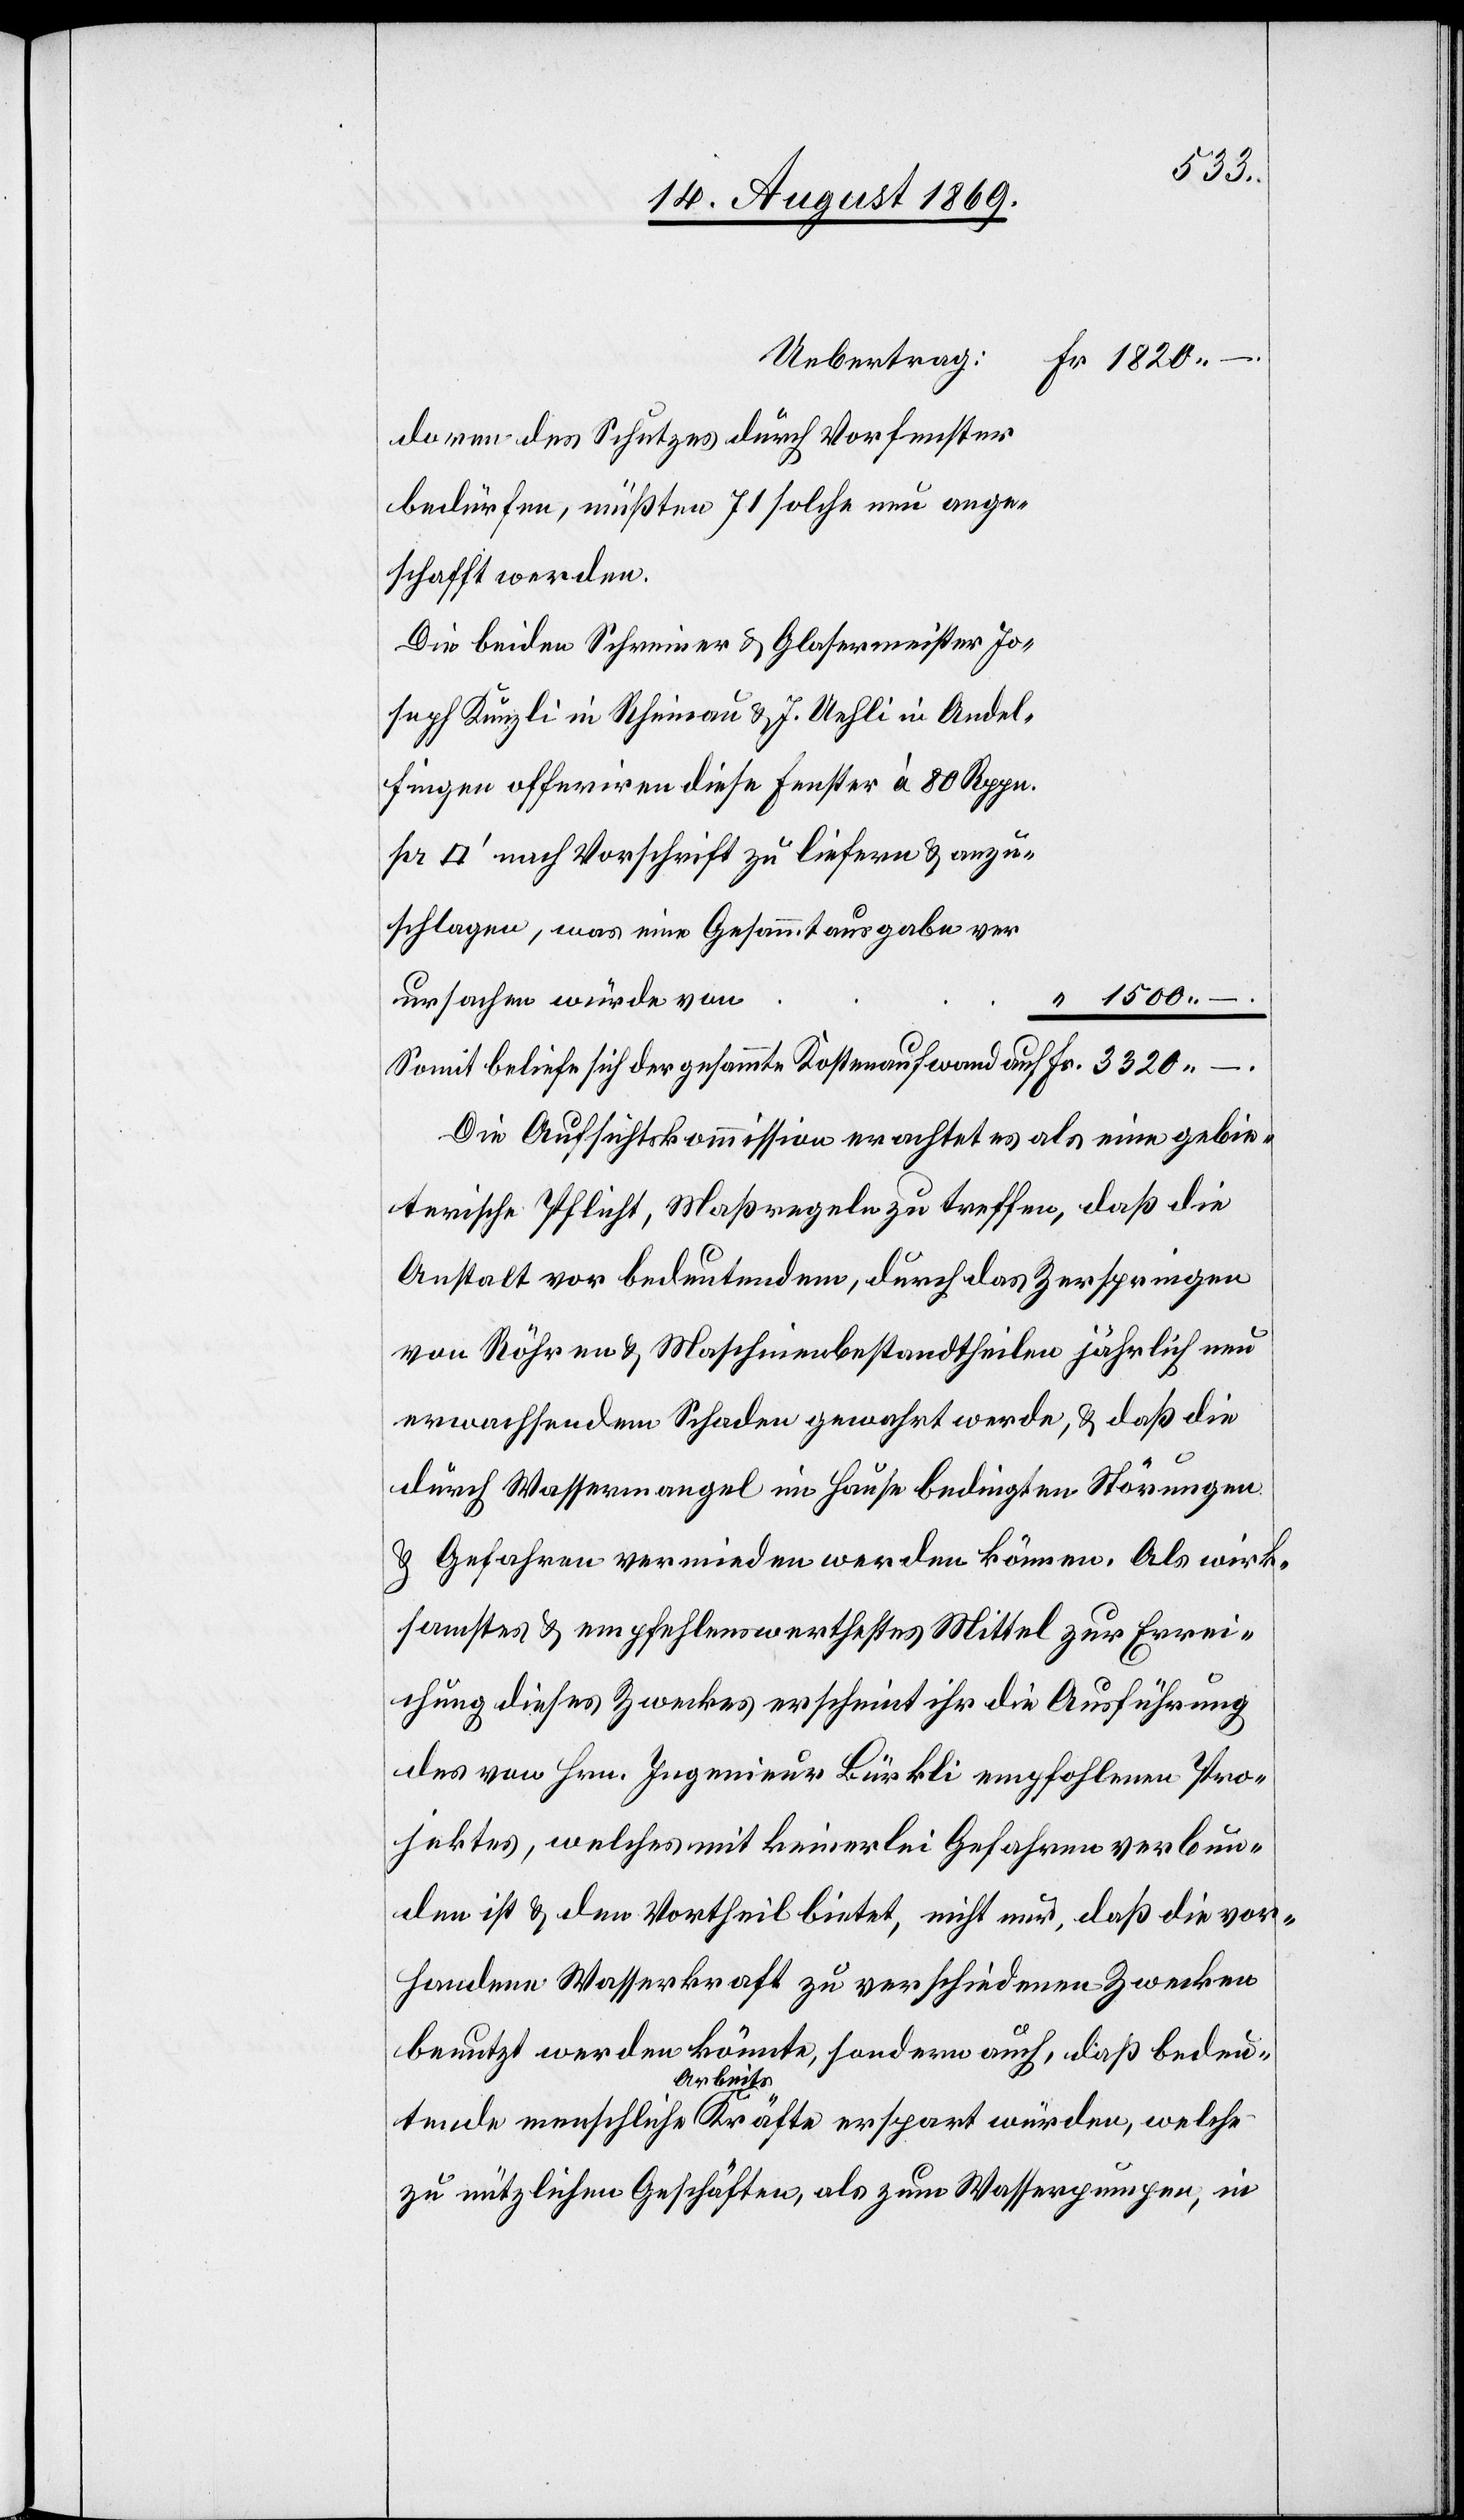
Fr.
Uebertrag:
doren des Schutzes durch Vorfenster
bedürfen, müßten 71 solche neu ange¬
schafft werden.
Die beiden Schreiner & Glasermeister Jo¬
seph Künzli in Rheinau & J. Uehli in Andel¬
fingen offeriren diese Fenster à 80 Rpp.
fuss] nach Vorschrift zu liefern & anzu¬
schlagen, was eine Gesammtausgabe ver¬
–.
1500 –.
ursachen würde von
Somit beliefe sich der gesammte Kostenaufwand auf
Die Aufsichtskommission erachtet es als eine gebie¬
terische Pflicht, Maßregeln zu treffen, daß die
Anstalt vor bedeutendem, durch das Zerspringen
von Röhren & Maschinenbestandtheilen jährlich neu
erwachsendem Schaden gewahrt werde, & daß die
durch Wassermangel im Hause bedingten Störungen
& Gefahren vermieden werden können. Als wirk¬
samstes & empfehlenswerthestes Mittel zur Errei¬
chung dieses Zweckes erscheint ihr die Ausführung
des von Hrn. Ingenieur Bürkli empfohlenen Pro¬
jektes, welches mit keinerlei Gefahren verbun¬
den ist & den Vortheil bietet, nicht nur, daß die vor¬
handene Wasserkraft zu verschiedenen Zwecken
benutzt werden könnte, sondern auch, daß bedeu¬
tende menschliche Arbeitskräfte erspart würden, welche